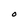
Character: O